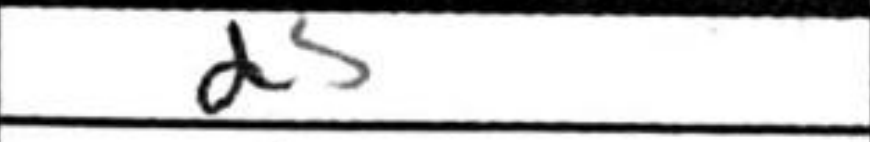
Transcription: d5